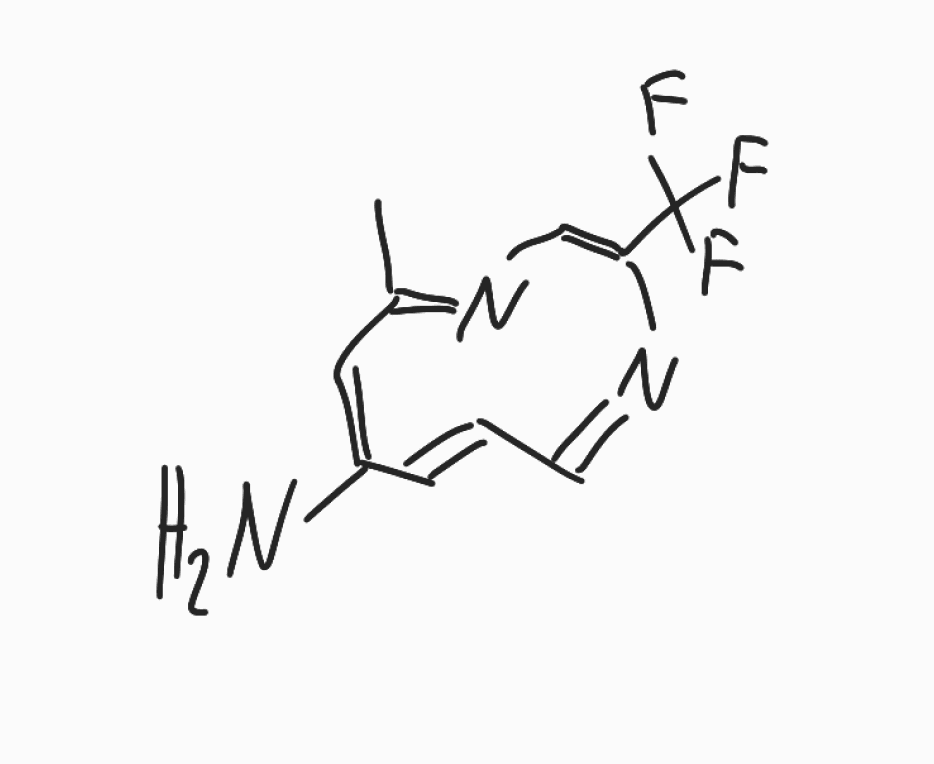
Simplified molecular-input line-entry system (SMILES) notation of the given molecule:
CC1=NC=C(N=CC=CC(=C1)N)C(F)(F)F